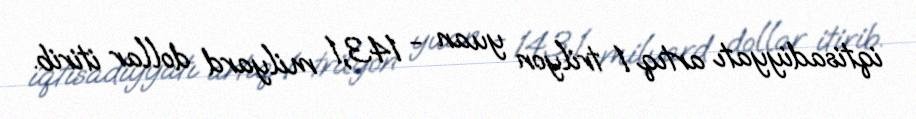
iqtisadiyyatı artıq 1 trilyon yuan - 143,1 milyard dollar itirib.